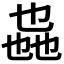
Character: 𫡩